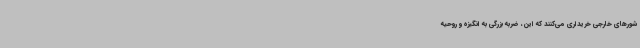
شورهای خارجی خریداری می‌کنند که این، ضربه بزرگی به انگیزه و روحیه